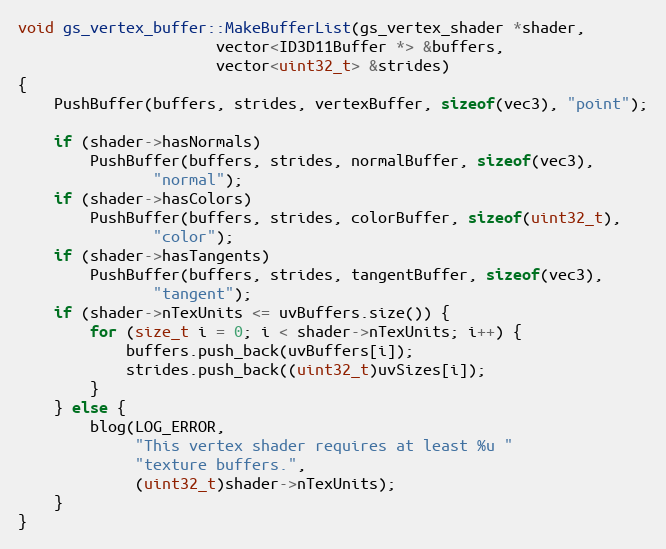
Language: C++
void gs_vertex_buffer::MakeBufferList(gs_vertex_shader *shader,
				      vector<ID3D11Buffer *> &buffers,
				      vector<uint32_t> &strides)
{
	PushBuffer(buffers, strides, vertexBuffer, sizeof(vec3), "point");

	if (shader->hasNormals)
		PushBuffer(buffers, strides, normalBuffer, sizeof(vec3),
			   "normal");
	if (shader->hasColors)
		PushBuffer(buffers, strides, colorBuffer, sizeof(uint32_t),
			   "color");
	if (shader->hasTangents)
		PushBuffer(buffers, strides, tangentBuffer, sizeof(vec3),
			   "tangent");
	if (shader->nTexUnits <= uvBuffers.size()) {
		for (size_t i = 0; i < shader->nTexUnits; i++) {
			buffers.push_back(uvBuffers[i]);
			strides.push_back((uint32_t)uvSizes[i]);
		}
	} else {
		blog(LOG_ERROR,
		     "This vertex shader requires at least %u "
		     "texture buffers.",
		     (uint32_t)shader->nTexUnits);
	}
}